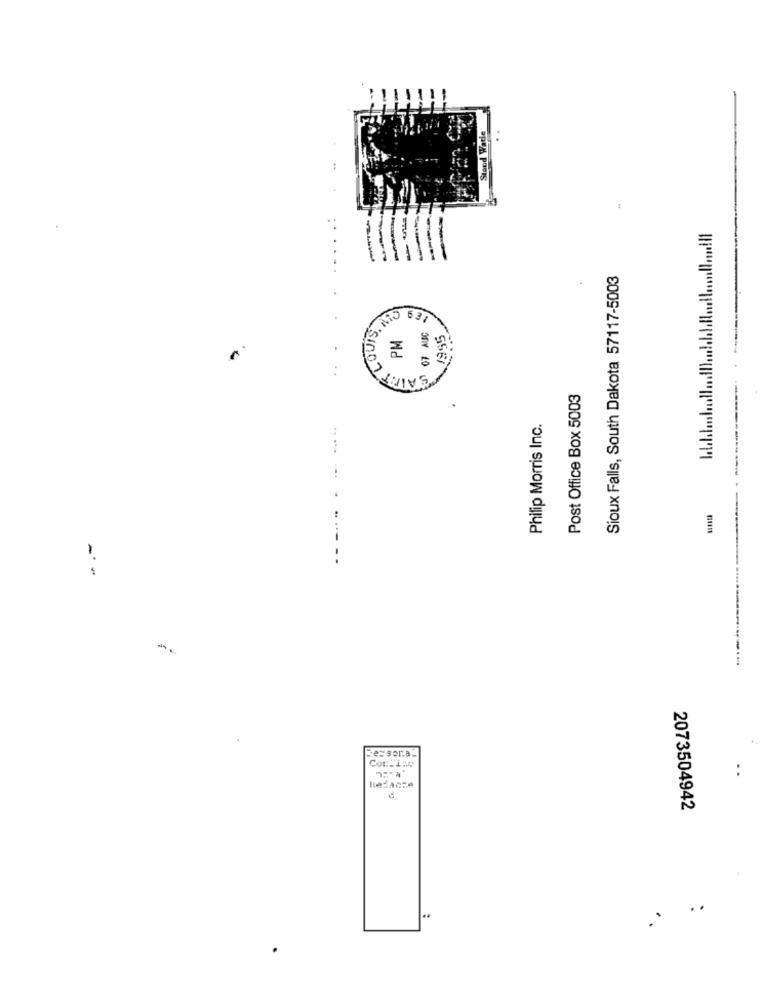
Stand Watie
Sioux Falls, South Dakota 57117-5003
----
MO 631
PM
07 AUC
1995
SAINTZ
Post Office Box 5003
Philip Morris Inc.
-- -....
--
-------
Fe=sor.a.
..
2073504942
..